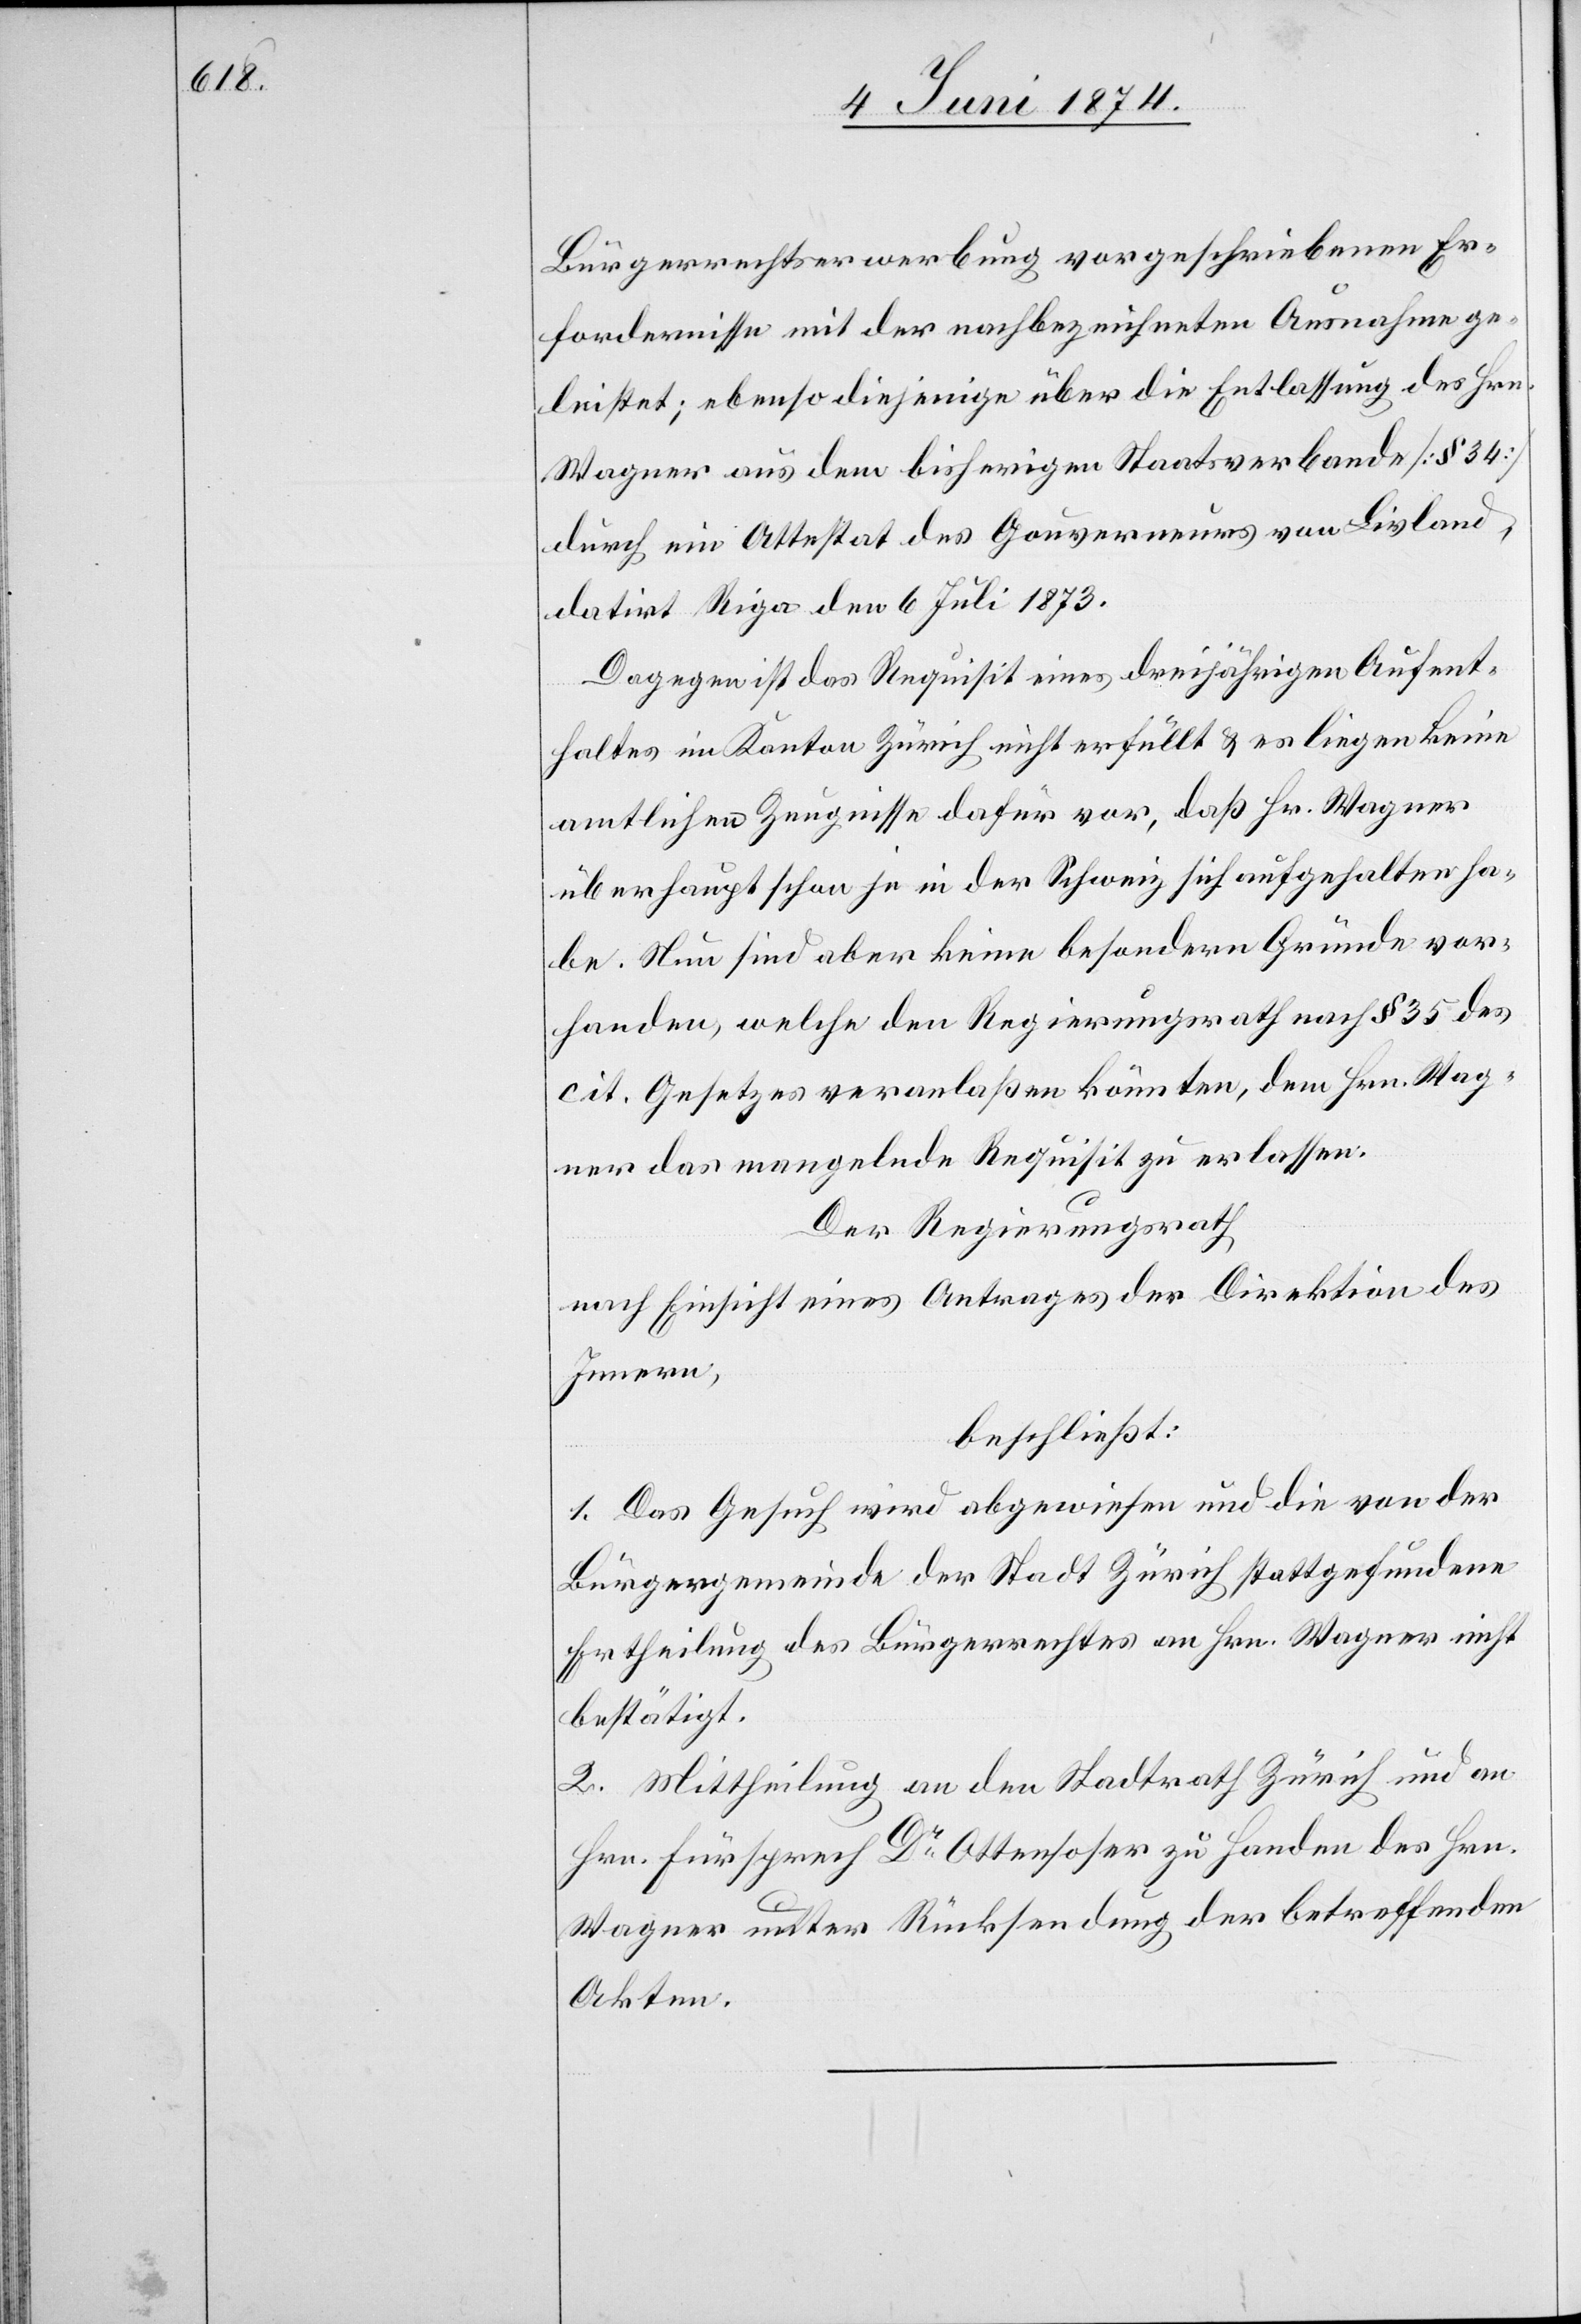
Bürgerrechtserwerbung vorgeschriebenen Er¬
fordernisse mit der nachbezeichneten Ausnahme ge¬
leistet; ebenso diejenige über die Entlassung des Hrn.
Wagner aus dem bisherigen Staatsverbande [§ 34]
durch ein Attestat des Gouverneurs von Livland,
datirt Riga den 6. Juli 1873.
Dagegen ist das Requisit eines dreijährigen Aufent¬
haltes im Kanton Zürich nicht erfüllt u. es liegen keine
amtlichen Zeugnisse dafür vor, daß Hr. Wagner
überhaupt schon je in der Schweiz sich aufgehalten ha¬
be. Nun sind aber keine besondern Gründe vor¬
handen, welche dem Regierungsrath nach § 35 des
cit. Gesetzes veranlaßen könnten, dem Hrn. Wag¬
ner das mangelnde Requisit zu erlassen.
Der Regierungsrath
nach Einsicht eines Antrages der Direktion des
Innern,
beschließt:
1. Das Gesuch wird abgewiesen und die von der
Bürgergemeinde der Stadt Zürich stattgefundene
Ertheilung des Bürgerrechtes an Hrn. Wagner nicht
bestätigt.
2. Mittheilung an den Stadtrath Zürich und an
Hrn. Fürsprech Dr Ottensoser zu Handen des Hrn.
Wagner unter Rücksendung der betreffenden
Akten.